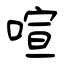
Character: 喧